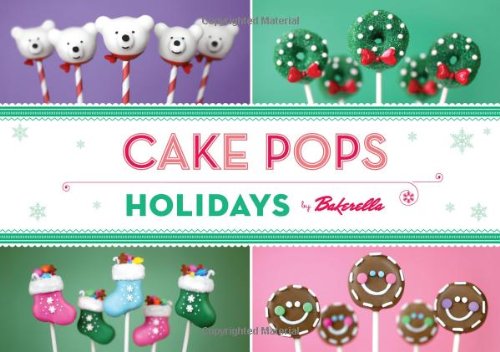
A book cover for Cake Pops Holidays; Bakerella; Cookbooks, Food & Wine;